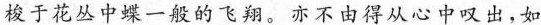
\underline{梭于花丛中蝶一般的飞翔。}亦不由得从心中叹出，如